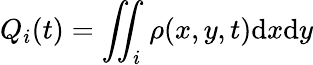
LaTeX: Q_{i}(t)=\iint_{i}\rho(x,y,t)\mathrm{d}x\mathrm{d}y